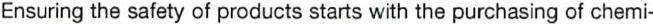
Ensuring the safety of products starts with the purchasing of chemi-